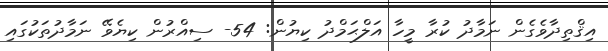
އިޤްތިދާވެގެން ނަމާދު ކުރާ މީހާ އަލްޙަމްދު ކިޔުން: 54- ސިއްރުން ކިޔެވޭ ނަމާދުތަކުގައި